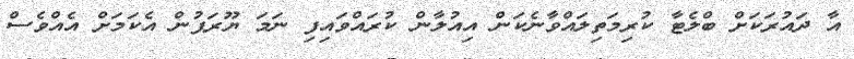
އާ ދައުރަކަށް ބްލެޓާ ކުރިމަތިލައްވާނެކަން އިއުލާން ކުރައްވައިފި ނަމަ ޔޫރަޕުން އެކަމަށް އެއްވެސް